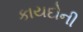
કાયદોની